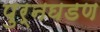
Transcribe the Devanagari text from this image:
पुर्नघडण